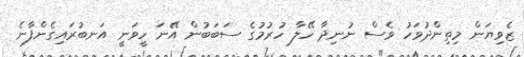
ޒެވިޔަން މިތިންދުވަހު ވެސް ނުނިދާ ހޭލާ ހުރުމުގެ ސަބަބުން އޭނަ ހީވަނީ އަނބުރައިގެންފާނެ